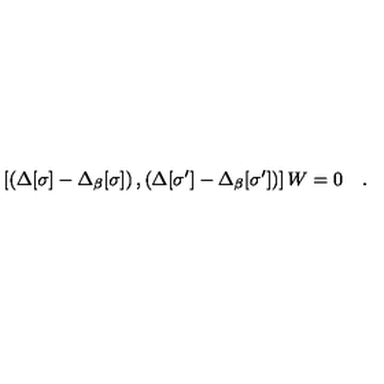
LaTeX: \left[ \left( \Delta [ \sigma ] - \Delta _ { \beta } [ \sigma ] \right) , \left( \Delta [ \sigma ^ { \prime } ] - \Delta _ { \beta } [ \sigma ^ { \prime } ] \right) \right] W = 0 \quad .